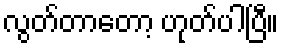
လွတ်တာတော့ ဟုတ်ပါပြီ။